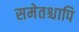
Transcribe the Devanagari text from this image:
समेतश्चापि